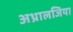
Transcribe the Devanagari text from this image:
अथ्रालजिया